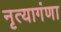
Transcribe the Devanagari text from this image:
नृत्यागंणा